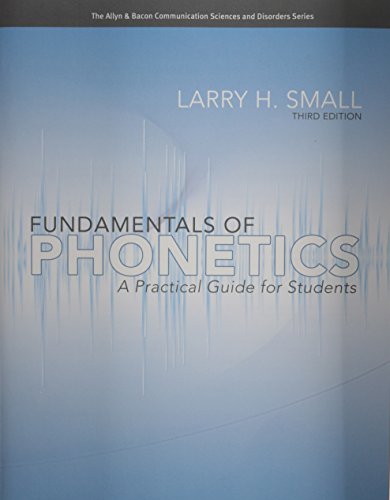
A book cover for Fundamentals of Phonetics: A Practical Guide for Students (3rd Edition) (Allyn & Bacon Communication Sciences and Disorders); Larry H. Small; Medical Books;